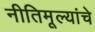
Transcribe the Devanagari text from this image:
नीतिमूल्यांचे